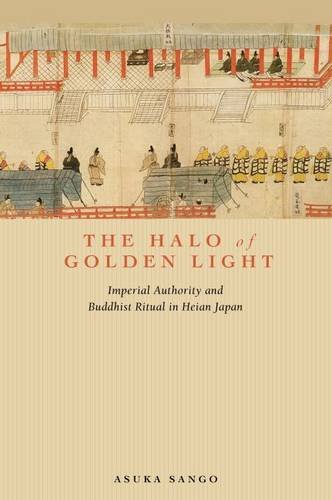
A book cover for The Halo of Golden Light: Imperial Authority and Buddhist Ritual in Heian Japan; Asuka Sango; Religion & Spirituality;